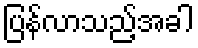
ပြန်လာသည့်အခါ